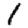
Digit: 1